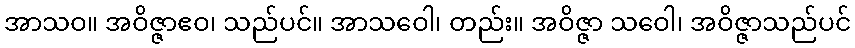
အာသဝ။ အဝိဇ္ဇာဧဝ၊ သည်ပင်။ အာသဝေါ၊ တည်း။ အဝိဇ္ဇာ သဝေါ၊ အဝိဇ္ဇာသည်ပင်